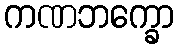
ကဏဘက္ခော